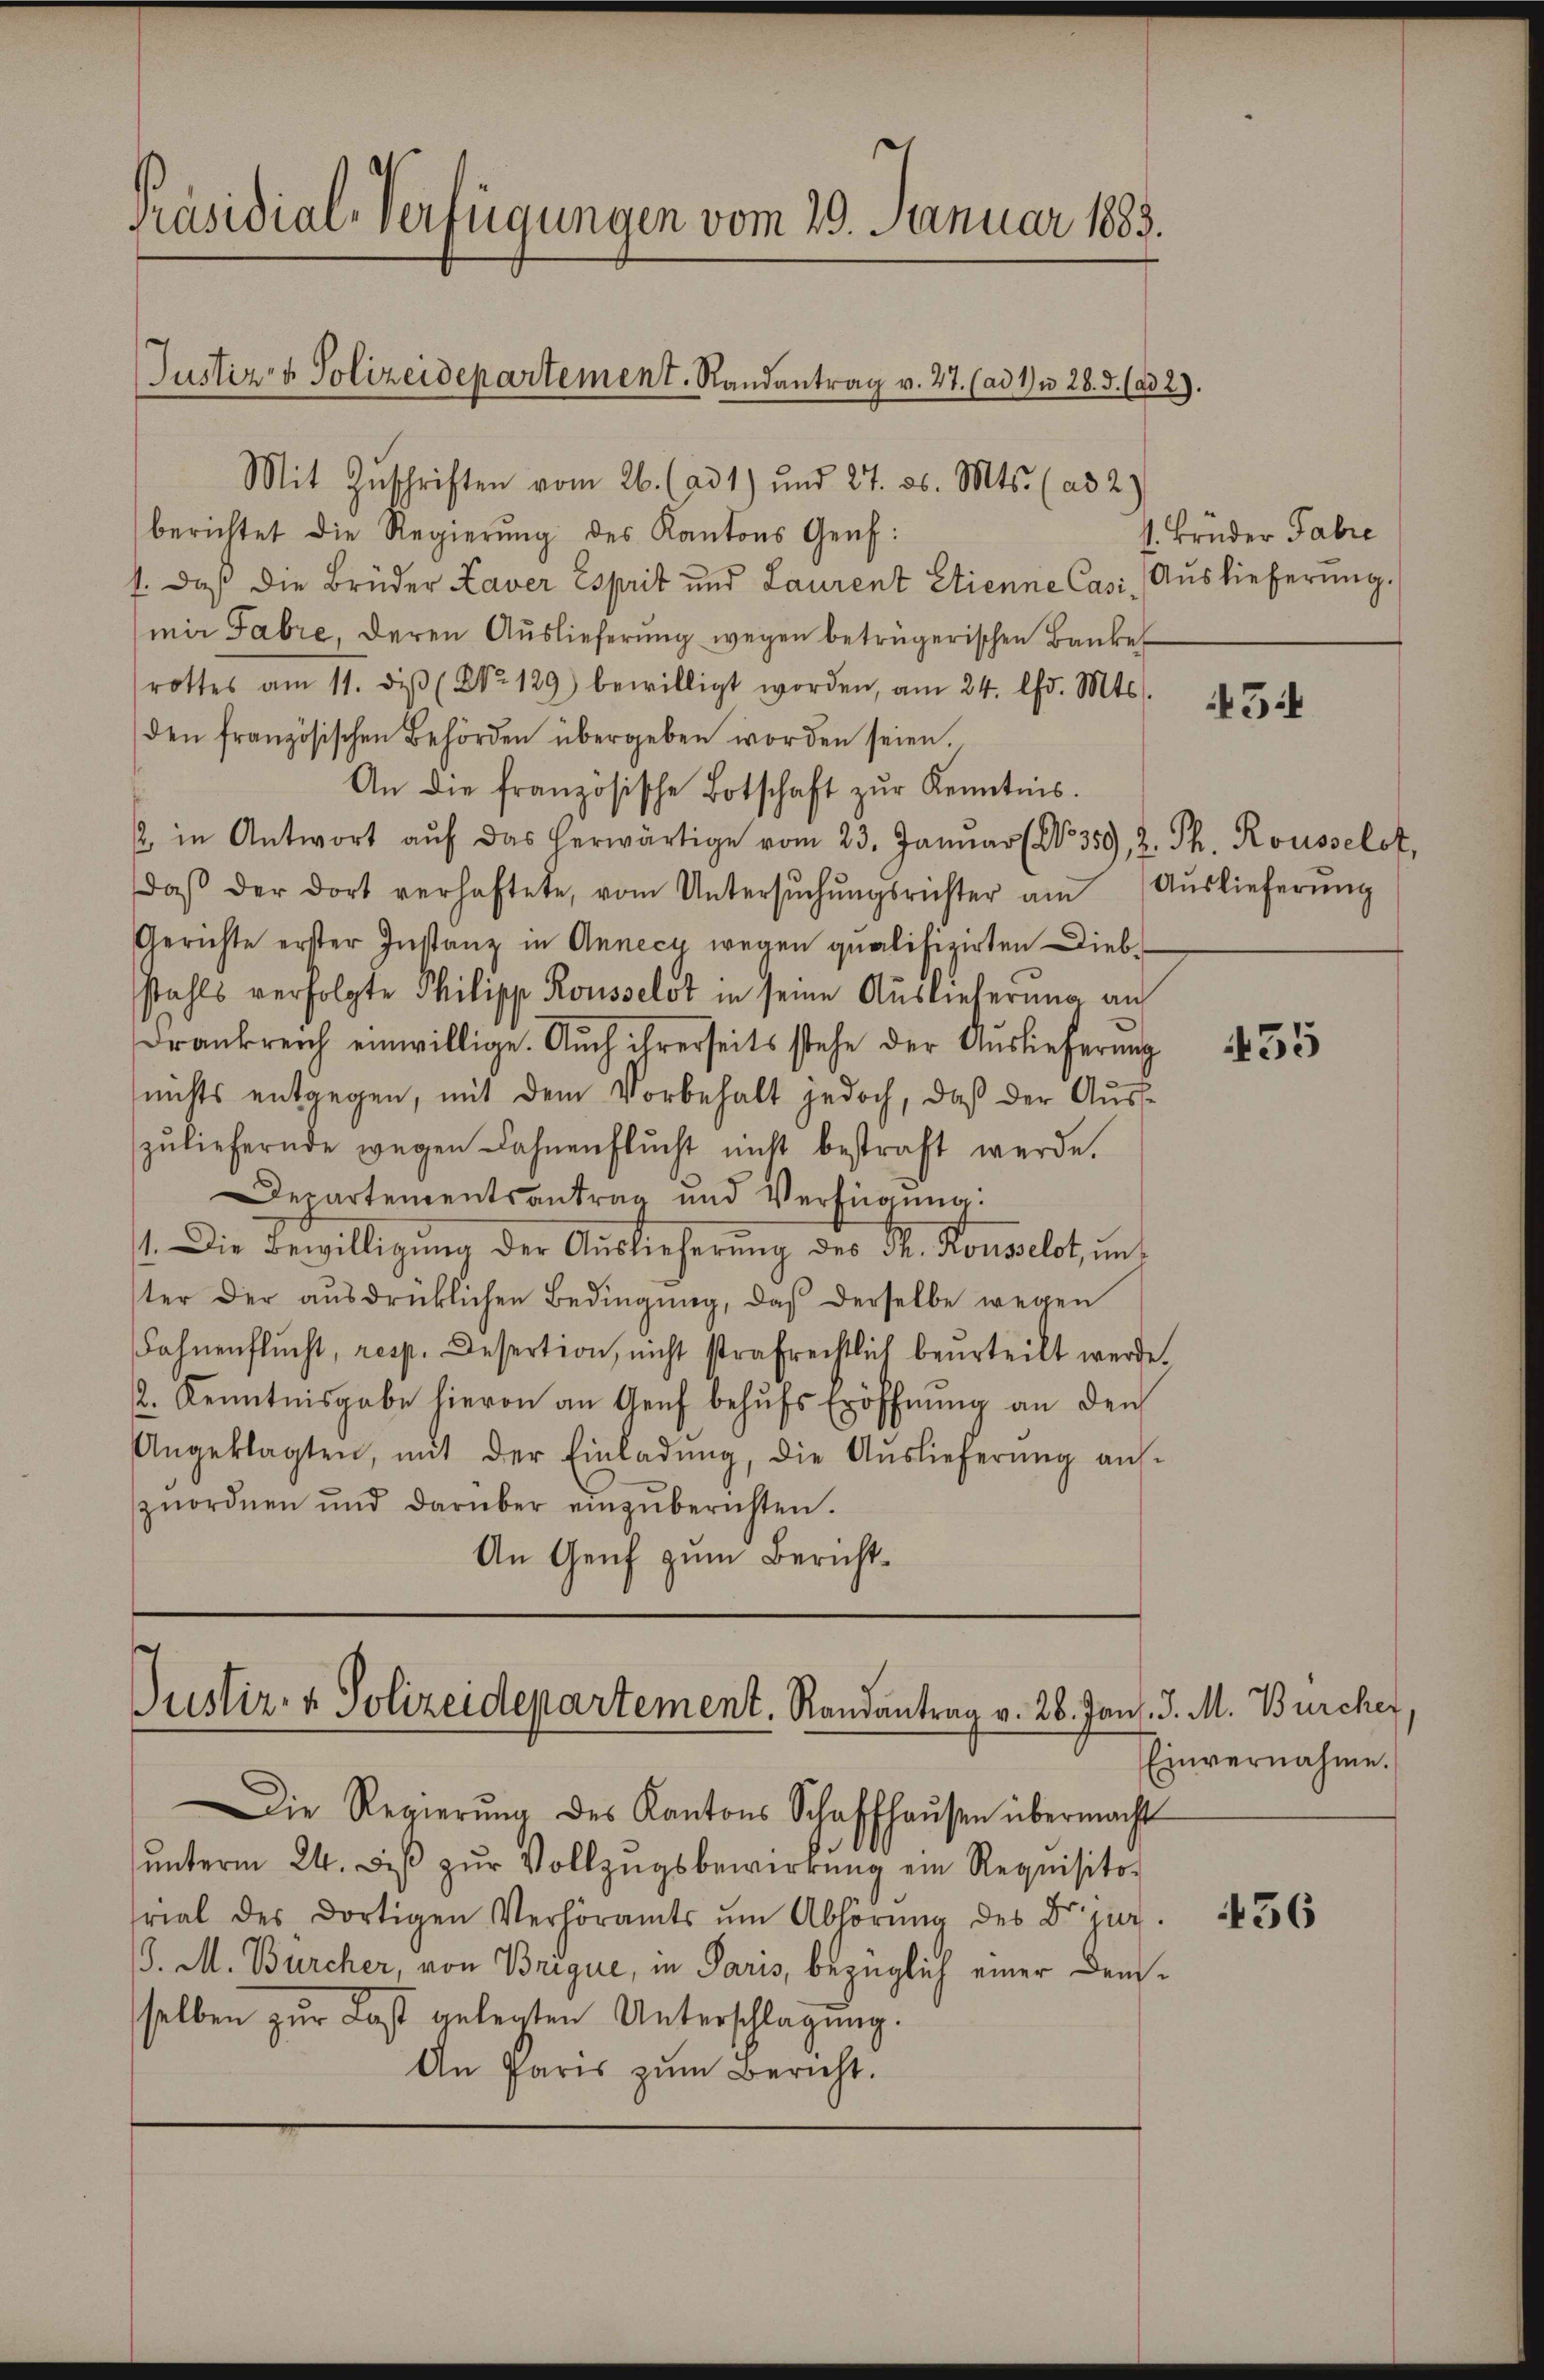
Präsidial-Verfügungen vom 29. Januar 1883.

Justiz- & Polizeidepartement. Randantrag v. 27. (ad 17 n 28. J. (ad 2).

s
Justiz- & Polizeidepartement. Randantrag v. 28. Jan. J. M. Bürcher,

Die Regierŭng des Kantons Schaffhaŭsen übermacht
ŭnterm 24. dβ zŭr Vollzŭgsbewirrung ein Requisito-
frial des dortigen Verhöramts ŭm Abhörŭng des Dr jur.
/. M. Bürcher, von Brique, in Paris, bezüglich einer Demselben zur Last gelegten Unterschlagung.
An Paris zŭm Bericht.

Mit Zŭschriften vom 26. (ad 1) und 27. d. Mts. (ad 2)
berichtet die Regierŭng des Kantons Genf:
f: daß die Brüder Laver Esprit und Laurent Etienne Casi Auslieferŭng.
mir Fabre, deren Auslieferung wegen betrügerischen Banke
rottes am 11. diβ (No 129) bewilligt worden, am 24. lfd. Mts.
den französischen Behörden übergeben worden seien.
An die französische Botschaft zŭr Kenntnis.
2 in Antwort aŭf das herwärtige vom 23. Janŭar (No. 359, 2. Th. Rousselot,
daβ der dort verhaftete, vom Untersŭchŭngsrichter am Aŭslieferŭng
Gerichte erster Instanz in Annecy wegen qualifizirten Diebstahls verfolgte Philipp Rousselst in seine Auslieferung an
Frankreich einwillige. Auch ihrerseits stehe der Auslieferung
nichts entgegen, mit dem Vorbehalt jedoch, daß der Auszŭliefernde wegen Fahnenflŭcht nicht bestraft werde.
Departementsantrag und Verfügŭng:
1. Die Bewilligung der Auslieferung des Th. Rousselot, unter der ausdrücklichen Bedingung, daß derselbe wegen
Fahnenflŭcht, resp. Desertion, nicht strafrechtlich beurteilt werde.
2. Kenntnisgabe hievon an Genf behŭfs Eröffnŭng an den
Angeklagten, mit der Einladŭng, die Aŭslieferŭng auf-
zŭordnen und darüber einzŭberichten.
An Genf zum Bericht¬

1. Brüder Fabre

454

435

Einvernahme.

436